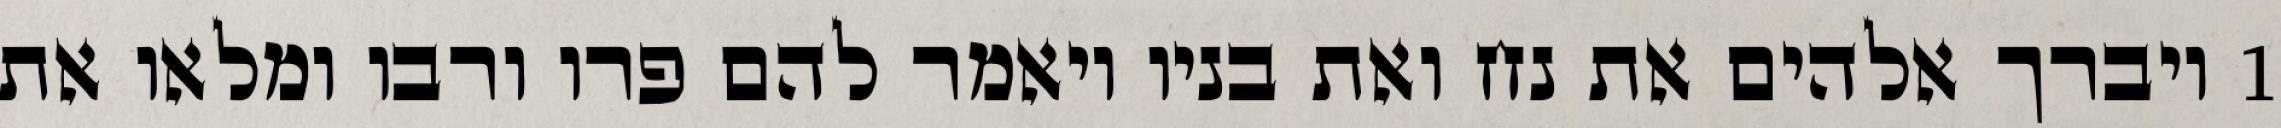
1 ויברך אלהים את נח ואת בניו ויאמר להם פרו ורבו ומלאו את